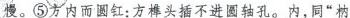
慢。⑤方内而圆红：方榫头插不进圆轴孔。内，同”枘